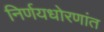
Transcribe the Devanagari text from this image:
निर्णयधोरणांत